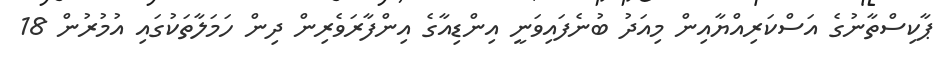
ޕާކިސްތާނުގެ އަސްކަރިއްޔާއިން މިއަދު ބުނެފައިވަނީ އިންޑިއާގެ އިންފާރަވެރިން ދިން ހަމަލާތަކުގައި އުމުރުން 18